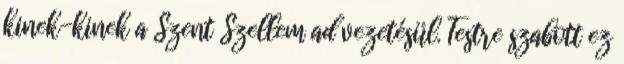
kinek-kinek a Szent Szellem ad vezetésül. Testre szabott ez